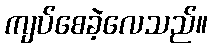
ကျပ်စေခဲ့လေသည်။